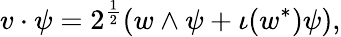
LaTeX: v\cdot\psi=2^{\frac{1}{2}}(w\wedge\psi+\iota(w^{*})\psi),